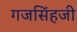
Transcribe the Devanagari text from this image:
गजसिंहजी